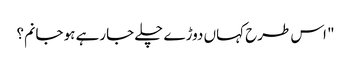
" اس طرح کہاں دوڑے چلے جارہے ہو جانم؟